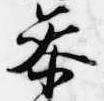
参